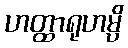
ဟတ္ထာရုဟမ္ပိ